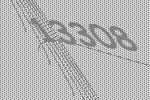
13308